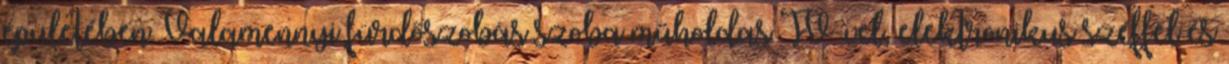
épületében. Valamennyi fürdőszobás szoba műholdas TV-vel, elektronikus széffel és